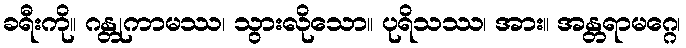
ခရီးကို။ ဂန္တုကာမဿ၊ သွားလိုသော။ ပုရိသဿ၊ အား။ အန္တရာမဂ္ဂေ၊